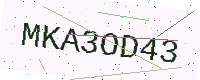
Text: MKA3OD43